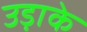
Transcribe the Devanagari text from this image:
उड़ाके